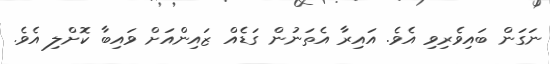
ނަގަން ބައިވެރިވި އެވެ. އައިރާ އެތަނުން ގަޑެއް ޒައިންއަށް ވައިބާ ކޮށްލި އެވެ.